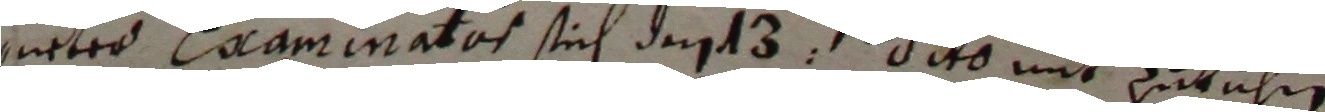
ueter eaaminatos sich den 13ten dito mit zutuhn